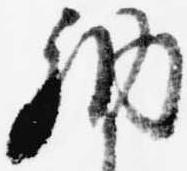
納